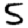
Digit: 5